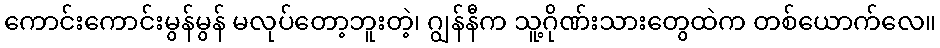
ကောင်းကောင်းမွန်မွန် မလုပ်တော့ဘူးတဲ့၊ ဂျွန်နီက သူ့ဂိုဏ်းသားတွေထဲက တစ်ယောက်လေ။